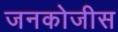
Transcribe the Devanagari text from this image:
जनकोजीस